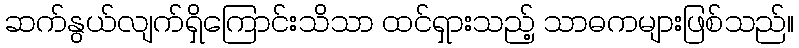
ဆက်နွယ်လျက်ရှိကြောင်းသိသာ ထင်ရှားသည့် သာဓကများဖြစ်သည်။